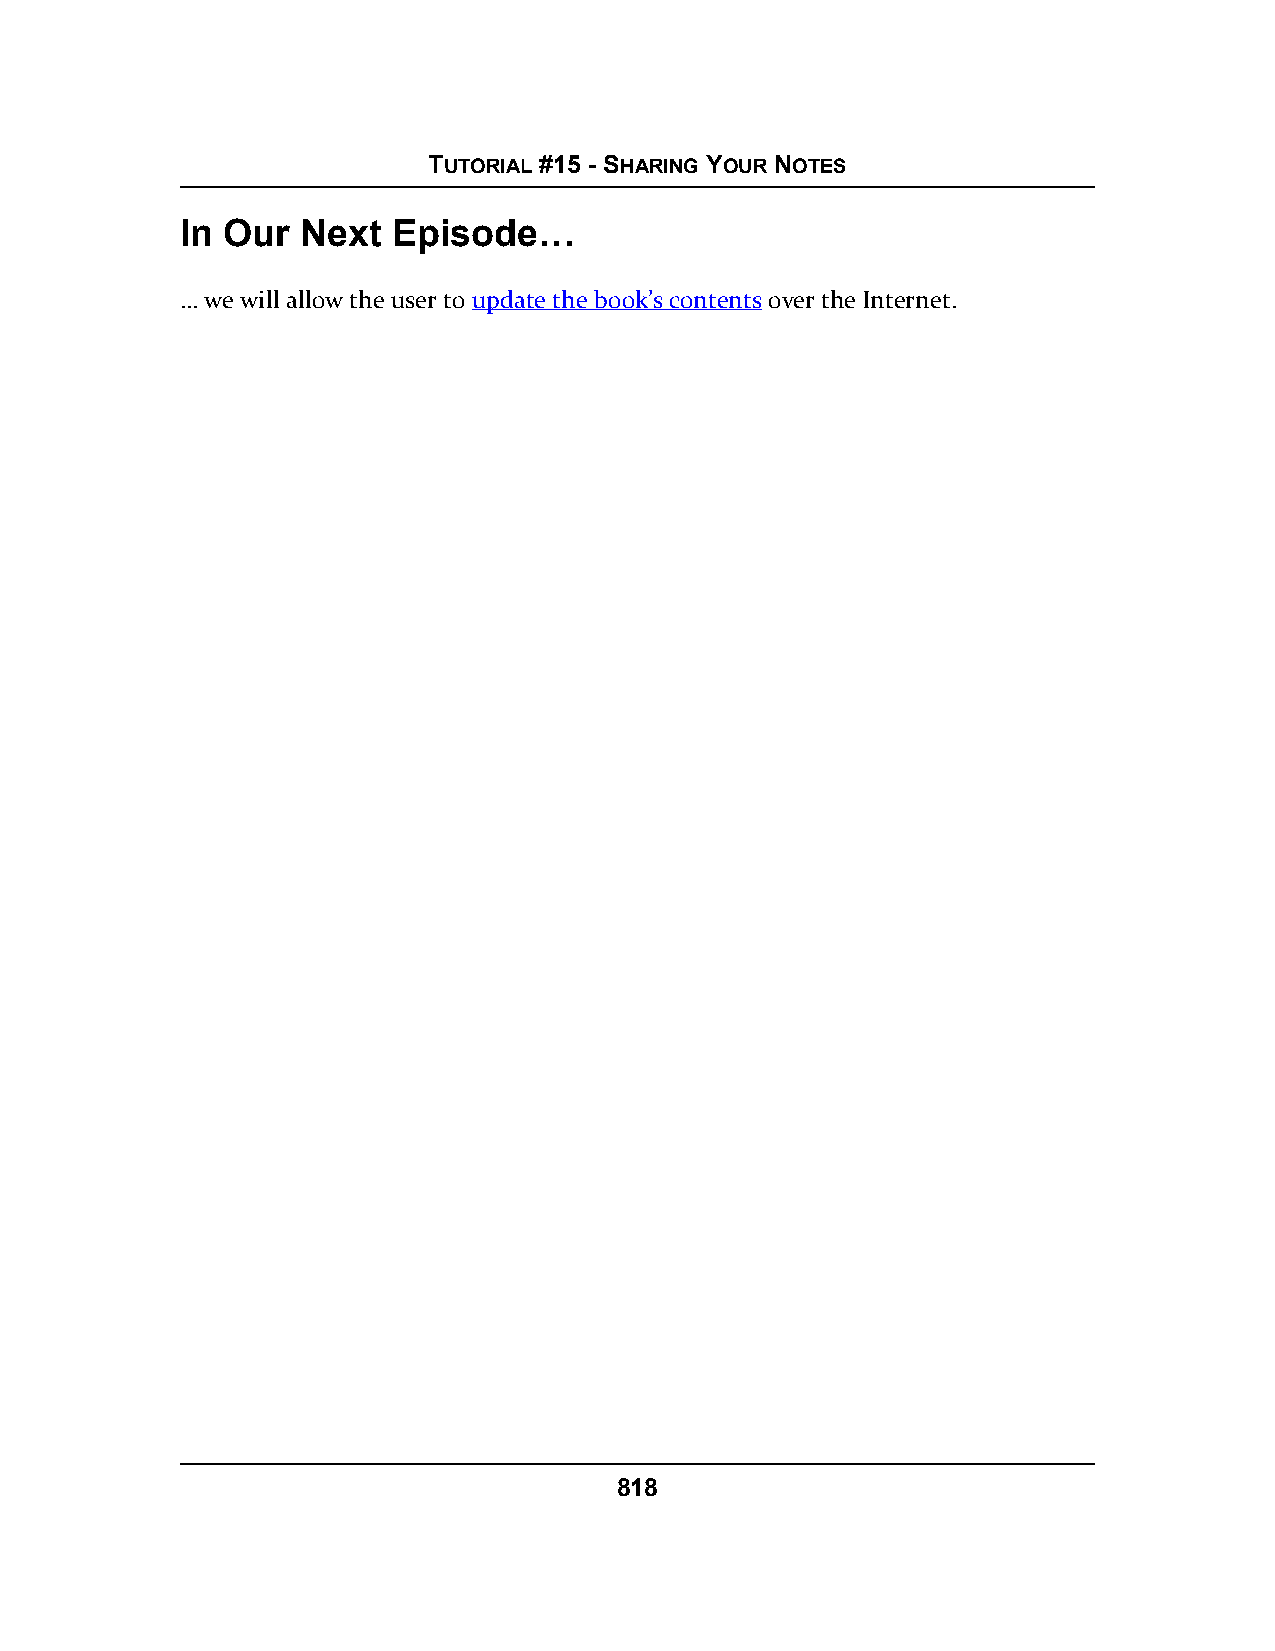
TUTORIAL #15 - SHARING YOUR NOTES
 In Our  Next  Episode…
 … we will allow the user to update the book’s contents over the Internet.
 818